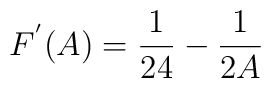
F^{'}(A)=\frac{1}{24}-\frac{1}{2A}